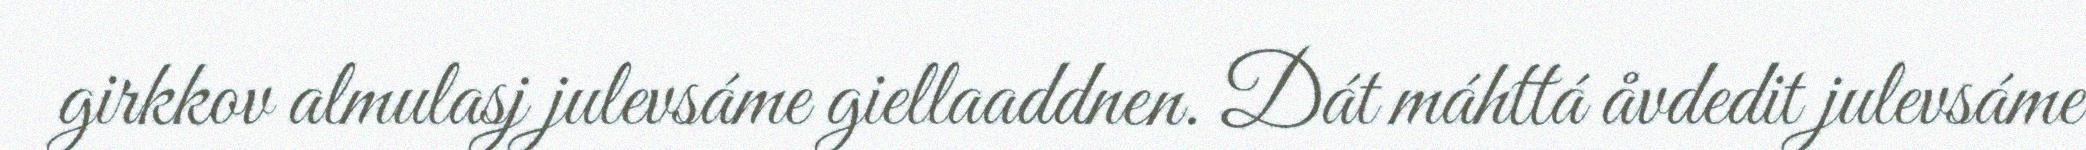
girkkov almulasj julevsáme giellaaddnen. Dát máhttá åvdedit julevsáme